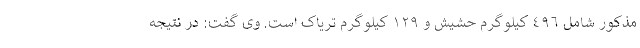
مذکور شامل ٤٩٦ کیلوگرم حشیش و ١٢٩ کیلوگرم تریاک است. وی گفت: در نتیجه